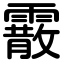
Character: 霰